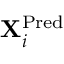
{ \bf X } _ { i } ^ { \mathrm { P r e d } }